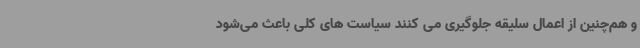
و هم‌چنین از اعمال سلیقه جلوگیری می کنند سیاست های کلی باعث می‌شود